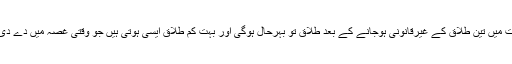
ایک وقت میں تین طلاق کے غیرقانونی ہوجانے کے بعد طلاق تو بہرحال ہوگی اور بہت کم طلاق ایسی ہوتی ہیں جو وقتی غصہ میں دے دی جائے۔